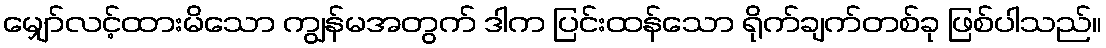
မျှော်လင့်ထားမိသော ကျွန်မအတွက် ဒါက ပြင်းထန်သော ရိုက်ချက်တစ်ခု ဖြစ်ပါသည်။